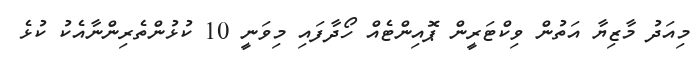
މިއަދު މާޒިޔާ އަތުން ވިކްޓަރީން ޕޮއިންޓެއް ހޯދާފައި މިވަނީ 10 ކުޅުންތެރިންނާއެކު ކުޅެ